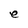
Character: e